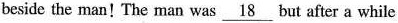
beside the man! The naan was \underline_[18} but after a while